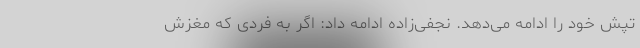
تپش خود را ادامه می‌دهد. نجفی‌زاده ادامه داد: اگر به فردی که مغزش